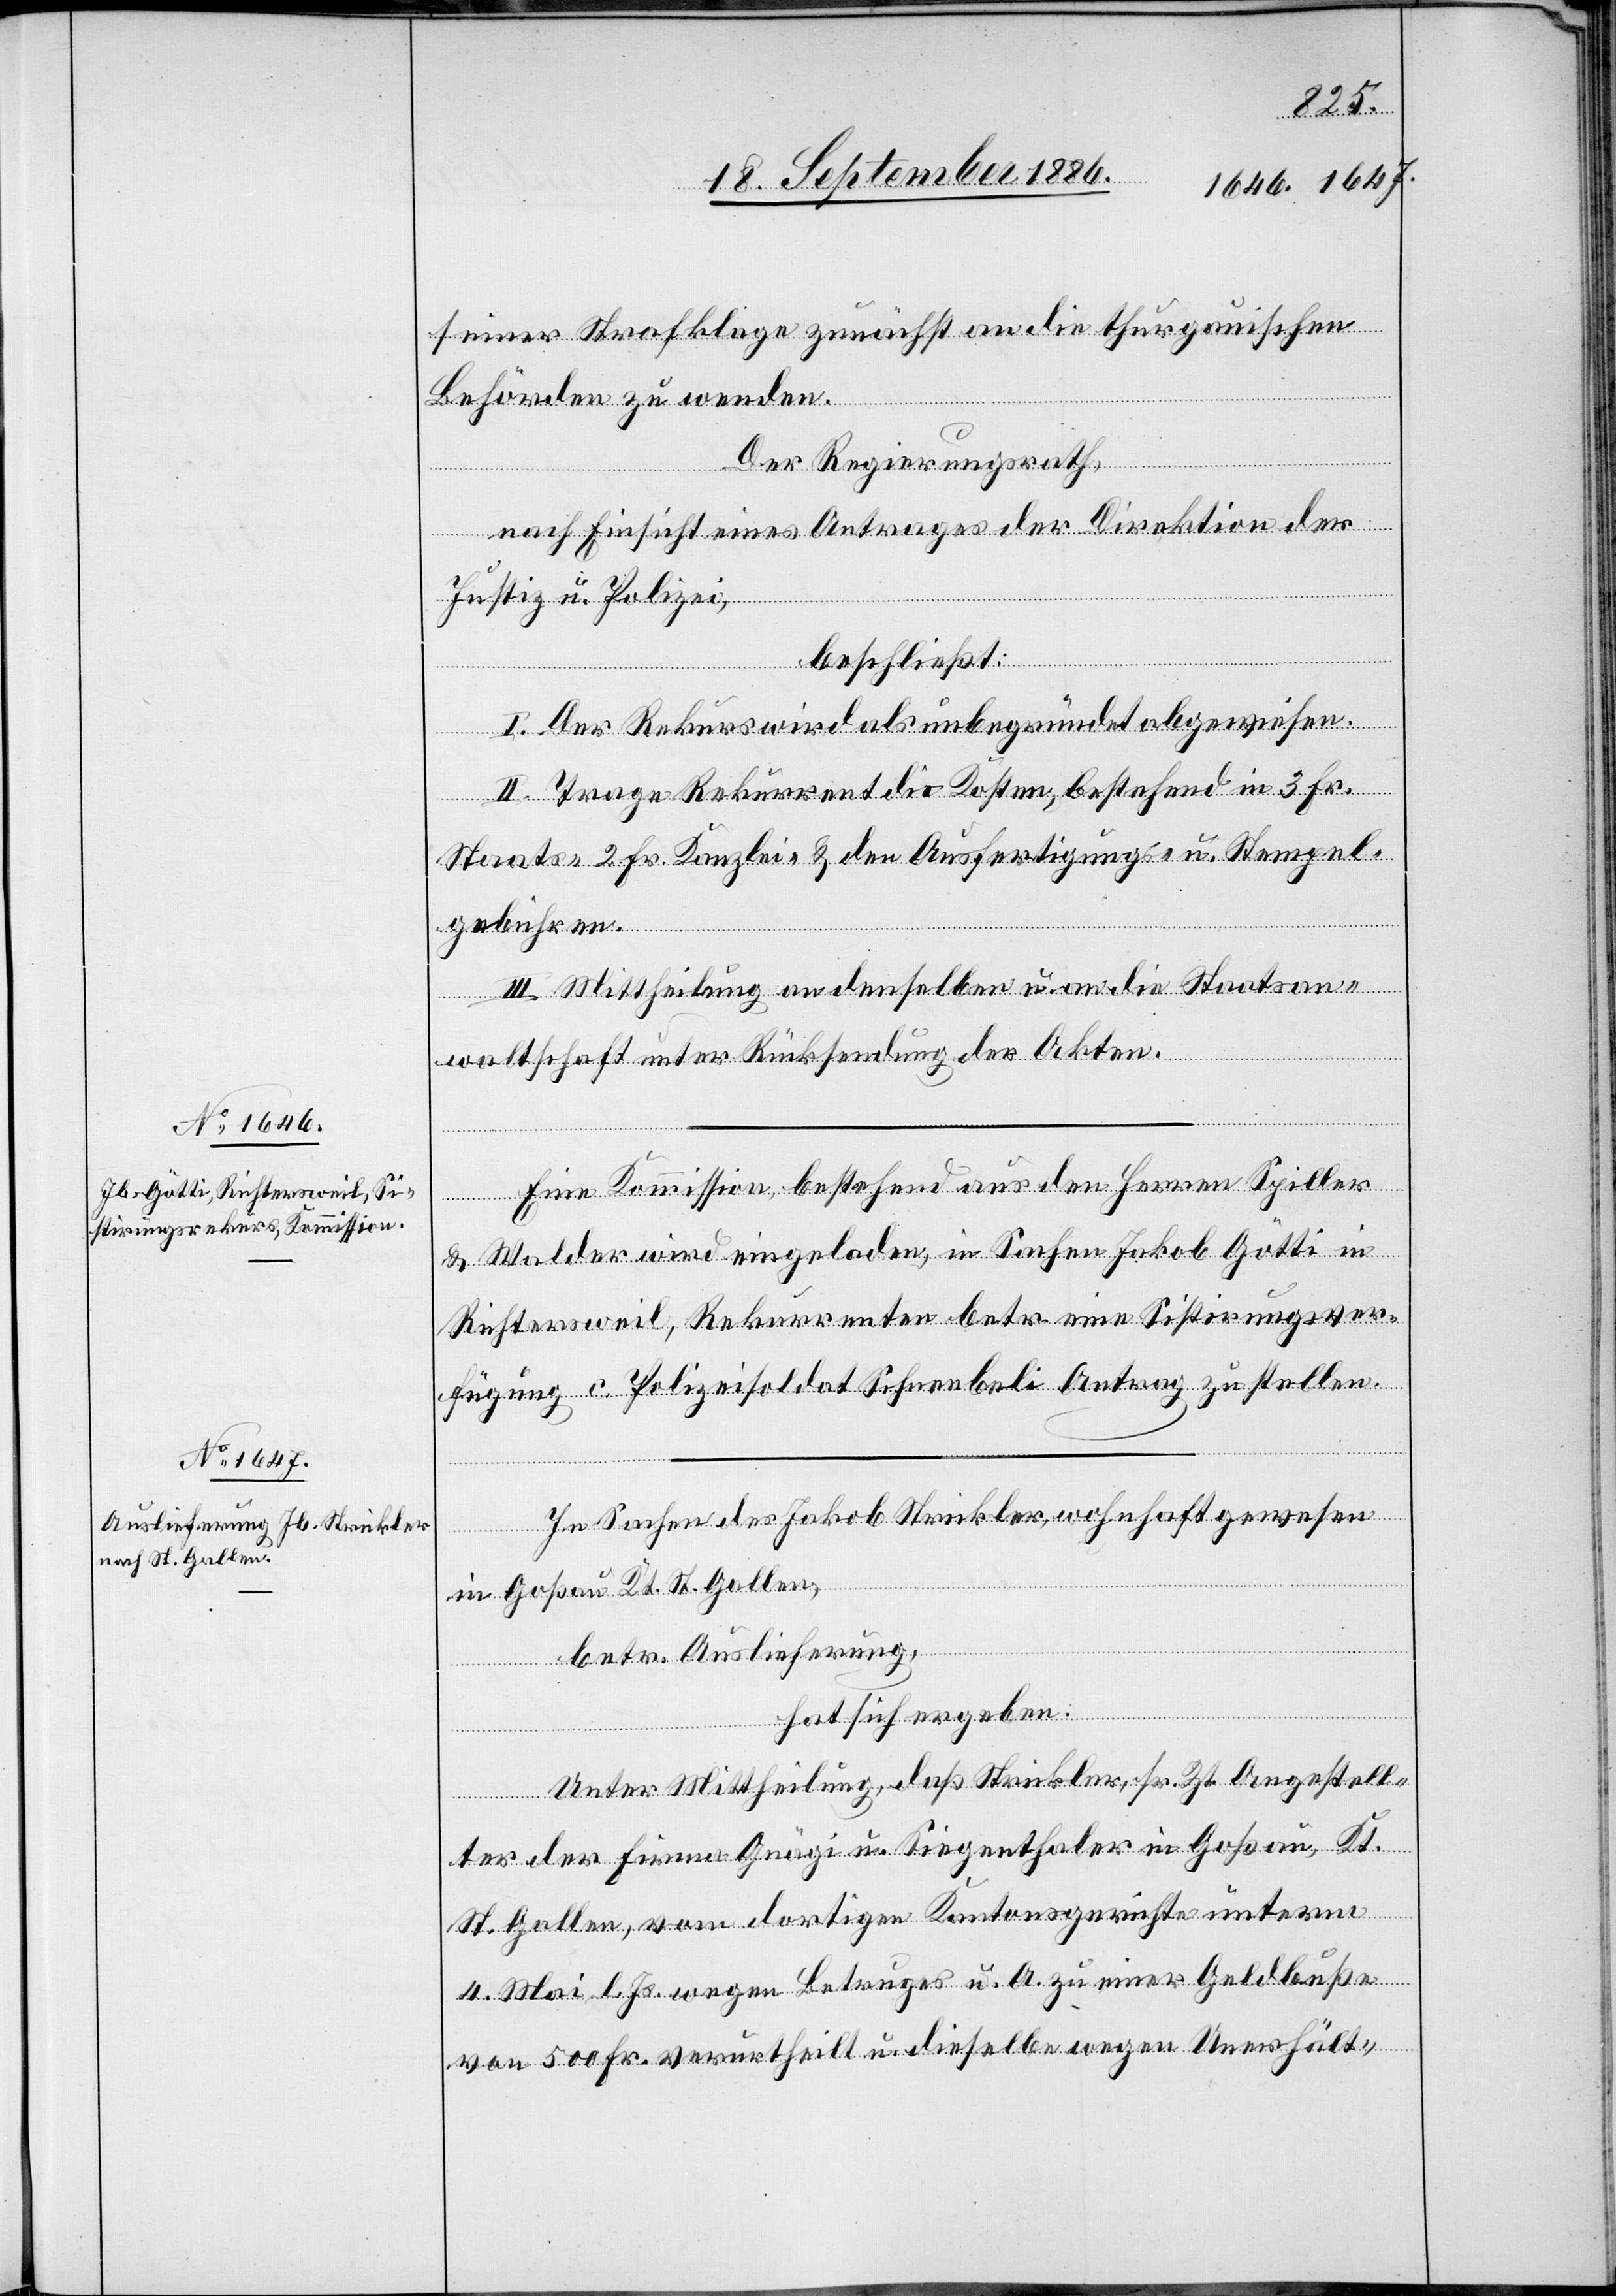
seiner Strafklage zunächst an die thurgauischen
Behörden zu wenden.
Der Regierungsrath,
nach Einsicht eines Antrages der Direktion der
Justiz u. Polizei,
beschließt:
I. Der Rekurs wird als unbegründet abgewiesen.
II. Trage Rekurrent die Kosten, bestehend in 3 Fr.
Staats- 2 Fr. Kanzlei- & den Ausfertigungs- u. Stempel¬
gebühren.
III. Mittheilung an denselben u. an die Staatsan¬
waltschaft unter Rücksendung der Akten.
Eine Kommission, bestehend aus den Herren Spiller
& Walder wird eingeladen, in Sachen Jakob Götti in
Richtersweil, Rekurrenten betr. ein Sistirungsver¬
fügung c. Polizeisoldat Schneebeli Antrag zu stellen.
In Sachen des Jakob Strickler, wohnhaft gewesen
in Goßau Kt. St. Gallen,
betr. Auslieferung,
hat sich ergeben:
Unter Mittheilung, daß Strickler, sr. Zt. Angestell¬
ter der Firma Gnägi u. Siegenthaler in Goßau, Kt.
St. Gallen, von dortigem Kantonsgerichte unterm
4. Mai l. Js. wegen Betruges u. A. zu einer Geldbuße
von 500 Fr. verurtheilt u. dieselbe wegen Unerhält-